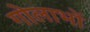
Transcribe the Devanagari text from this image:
गोलाभों